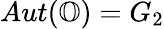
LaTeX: Aut(\mathbb{O})=G_{2}